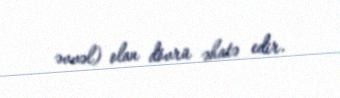
əvvəl) olan dövrü əhatə edir.